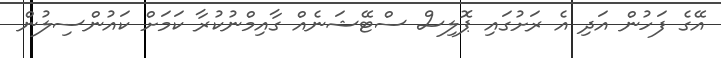
އޭގެ ފަހުން އަދި އެ ރަށުގައި ޕޮލިސް ސްޓޭޝަނެއް ގާއިމްނުކުރާ ކަމަށް ކައުންސިލުން